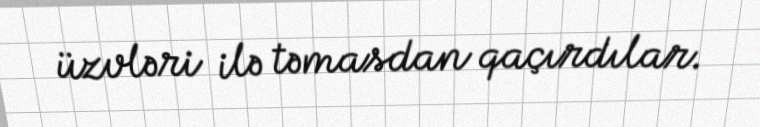
üzvləri ilə təmasdan qaçırdılar.